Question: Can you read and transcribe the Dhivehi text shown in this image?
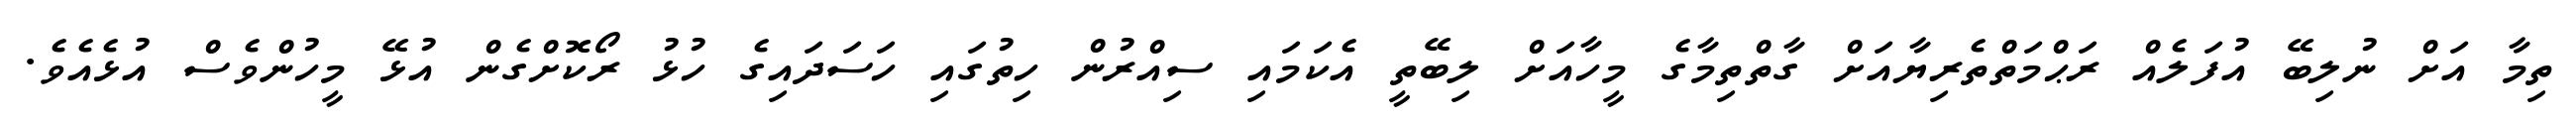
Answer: ތިމާ އަށް ނުލިބޭ އުފަލެއް ރަޙްމަތްތެރިޔާއަށް ގާތްތިމާގެ މީހާއަށް ލިބޭތީ އެކަމައި ސިއްރުން ހިތުގައި ހަސަދައިގެ ހުޅު ރޯކޮށްގެން އުޅޭ މީހުންވެސް އުޅެއެވެ.